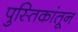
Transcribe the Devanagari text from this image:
पुस्तिकांतून